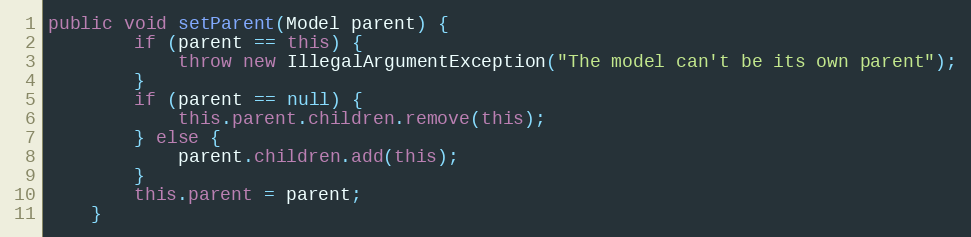
Language: Java
public void setParent(Model parent) {
        if (parent == this) {
            throw new IllegalArgumentException("The model can't be its own parent");
        }
        if (parent == null) {
            this.parent.children.remove(this);
        } else {
            parent.children.add(this);
        }
        this.parent = parent;
    }